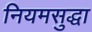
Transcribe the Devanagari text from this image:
नियमसुद्धा